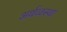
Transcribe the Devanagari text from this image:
अर्थव्वस्था